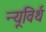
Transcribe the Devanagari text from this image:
न्यूविर्थ